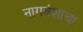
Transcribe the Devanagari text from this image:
नागवंशाचा